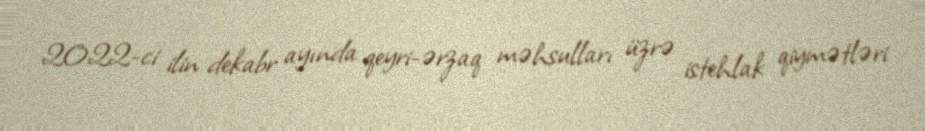
2022-ci ilin dekabr ayında qeyri-ərzaq məhsulları üzrə istehlak qiymətləri